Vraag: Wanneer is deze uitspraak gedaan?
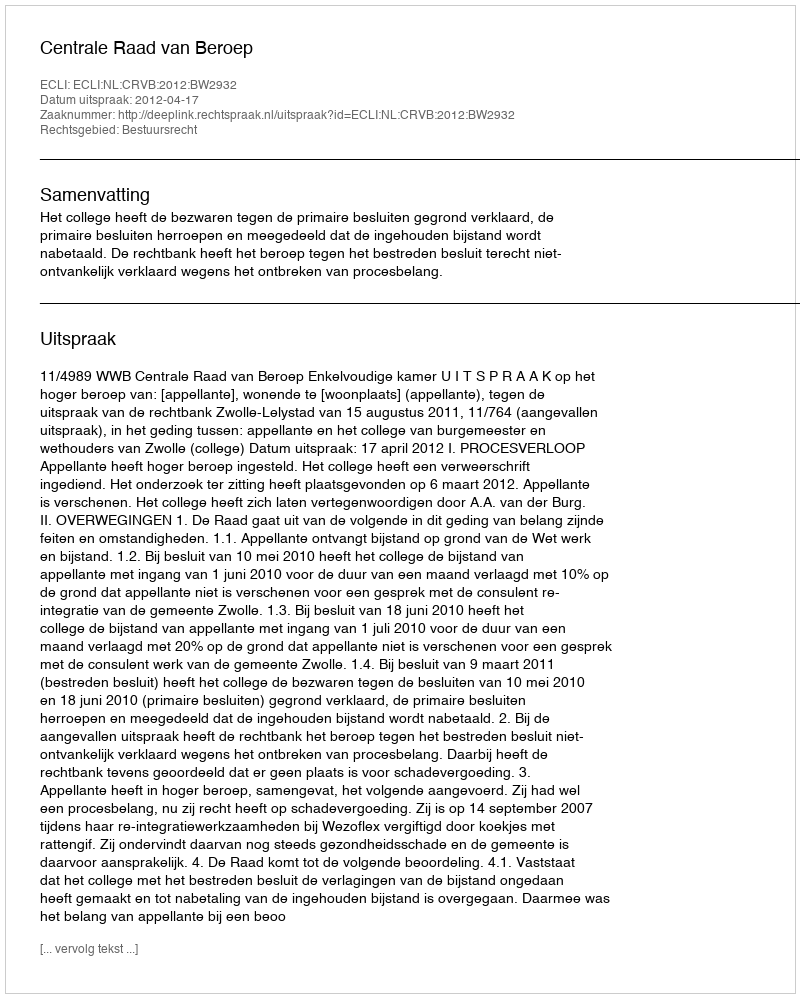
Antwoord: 2012-04-17